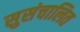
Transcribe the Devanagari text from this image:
सुसंचालित